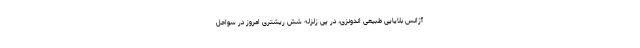
آژانس بلایایی طبیعی اندونزی، در پی زلزله شش ریشتری امروز در سواحل